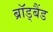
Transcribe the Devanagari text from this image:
ब्रॉड्बैंड